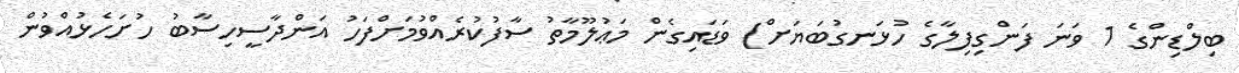
ބިލްޑިންގެ 1 ވަނަ ފަންގިފިލާގެ ހުޅަނގުބަޔަށް) ވަޑައިގެން މަޢުލޫމާތު ސާފުކުރެއްވުމަށްފަހު އަންދާސީހިސާބު ހުށަހެޅުއްވުން